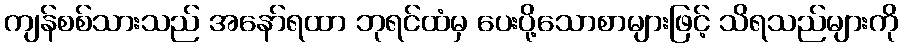
ကျန်စစ်သားသည် အနော်ရထာ ဘုရင်ထံမှ ပေးပို့သောစာများဖြင့် သိရသည်များကို